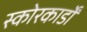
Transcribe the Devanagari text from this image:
स्कोरकार्डों